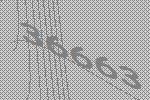
36663